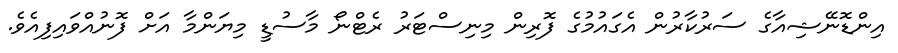
އިންޑޮނޭޝިއާގެ ސަރުކާރުން އެގައުމުގެ ފޮރިން މިނިސްޓަރު ރެޓްނޯ މާސުޑީ މިޔަންމާ އަށް ފޮނުއްވައިފިއެވެ.